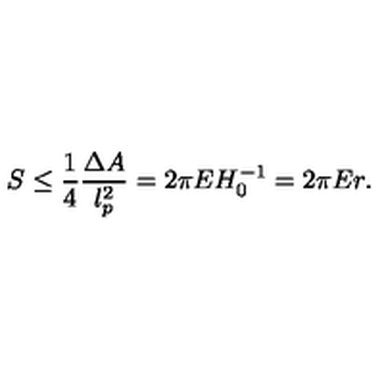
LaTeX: S \leq \frac { 1 } { 4 } \frac { \Delta A } { l _ { p } ^ { 2 } } = 2 \pi E H _ { 0 } ^ { - 1 } = 2 \pi E r .